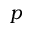
p